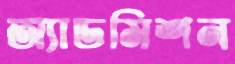
অ্যাডমিশন